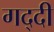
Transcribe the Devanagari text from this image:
गद्‍दी